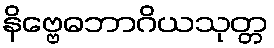
နိဗ္ဗေဓဘာဂိယသုတ္တ